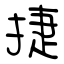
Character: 捷